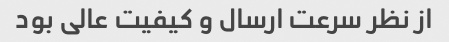
از نظر سرعت ارسال و کیفیت عالی بود